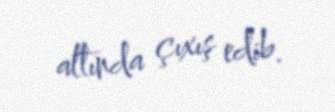
altında çıxış edib.